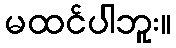
မထင်ပါဘူး။